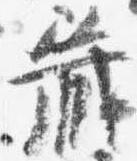
蔵